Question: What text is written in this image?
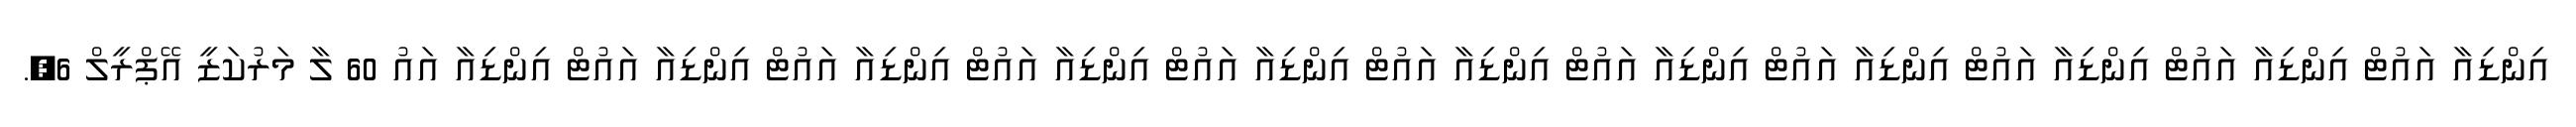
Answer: އިންޑިއާ އައުޓް އިންޑިއާ އައުޓް އިންޑިއާ އައުޓް އިންޑިއާ އައުޓް އިންޑިއާ އައުޓް އިންޑިއާ އައުޓް އިންޑިއާ އައުޓް އިންޑިއާ އައުޓް އިންޑިއާ އައުޓް އިންޑިއާ އައުޓް އިންޑިއާ އައު 60 ލާ މަރުކަޒީ އޭޕްރީލް 6,.